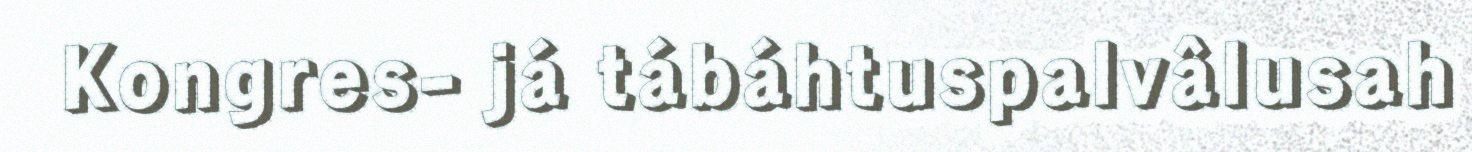
Kongres- já tábáhtuspalvâlusah